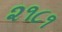
૨૧૮૧